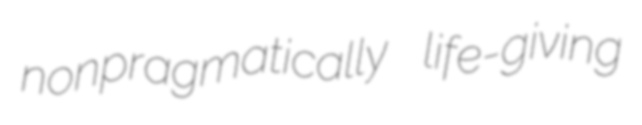
nonpragmatically life-giving